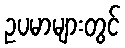
ဥပမာများတွင်